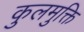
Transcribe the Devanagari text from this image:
कुलमुक्ति